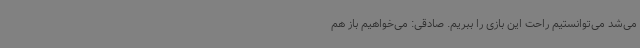
می‌شد می‌توانستیم راحت این بازی را ببریم. صادقی: می‌خواهیم باز هم